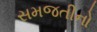
સમજતીનો